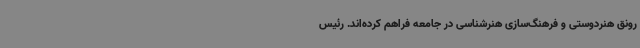
رونق هنردوستی و فرهنگ‌سازی هنرشناسی در جامعه فراهم کرده‌اند. رئیس